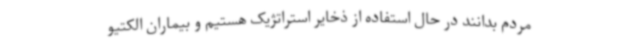
مردم بدانند در حال استفاده از ذخایر استراتژیک هستیم و بیماران الکتیو